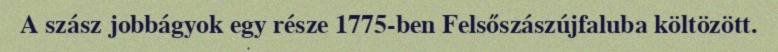
A szász jobbágyok egy része 1775-ben Felsőszászújfaluba költözött.